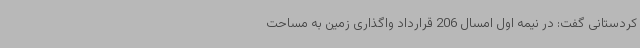
کردستانی گفت: در نیمه اول امسال 206 قرارداد واگذاری زمین به مساحت